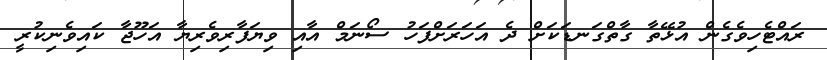
ރައްޓެހިވެގެން އުޅޭތާ ގާތްގަނޑަކަށް ދެ އަހަރަށްފަހު ސޯނަމް އާއި ވިޔަފާރިވެރިޔާ އަހޫޖާ ކައިވެނިކުރީ